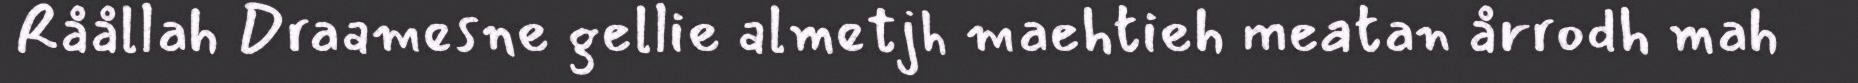
Råållah Draamesne gellie almetjh maehtieh meatan årrodh mah